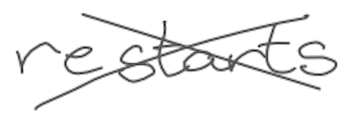
Text: restarts
Cross-out: cross
Writing tool: digital_gray